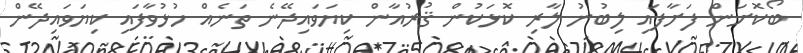
ބޯކޮށަން ފަށާފައި ލިބުނު ލާރި ކޮޅަކުން ޤުރުއާން ކިޔަވައިދޭނެ ތަނެއް ހުޅުވާފައި ކިޔަވައިދޭން